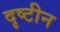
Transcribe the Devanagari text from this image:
दृष्टीन